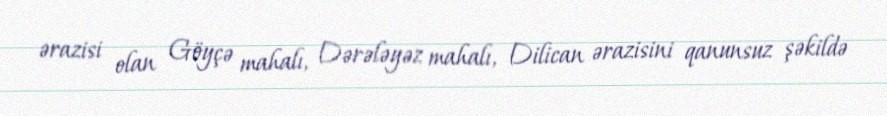
ərazisi olan Göyçə mahalı, Dərələyəz mahalı, Dilican ərazisini qanunsuz şəkildə